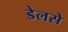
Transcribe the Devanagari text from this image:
डेलसे